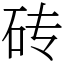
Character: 砖